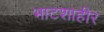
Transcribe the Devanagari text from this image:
भाटशाहीर